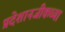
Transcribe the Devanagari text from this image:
प्रदेशानजीकच्या